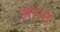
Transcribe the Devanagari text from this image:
आन्ट